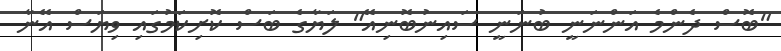
"ބޮސް ދެންމެ އަންނަނީ ބުނަނީ ސައިނުބޮނިއޭ" ލަޔާގެ ބަސް ކޮށިކަމުގައި ވިޔަސް އޭނާ